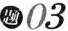
题03